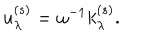
u _ { \lambda } ^ { ( s ) } = \omega ^ { - 1 } k _ { \lambda } ^ { ( s ) } .